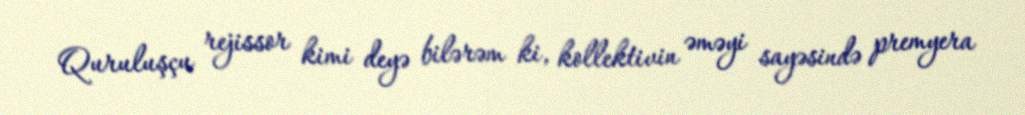
Quruluşçu rejissor kimi deyə bilərəm ki, kollektivin əməyi sayəsində premyera